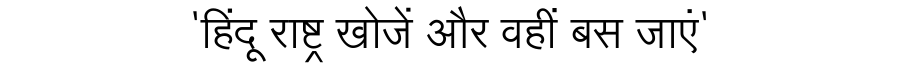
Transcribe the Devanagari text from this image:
'हिंदू राष्ट्र खोजें और वहीं बस जाएं'